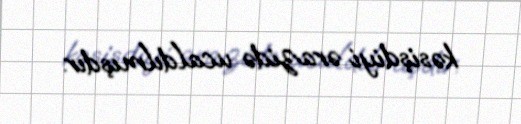
kəsişdiyi ərazidə ucaldılmışdır.